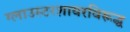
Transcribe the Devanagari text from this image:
ग्लाउस्टरशायरविरूद्ध